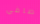
صافي